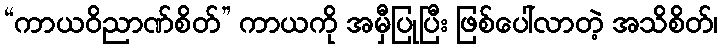
“ကာယဝိညာဏ်စိတ်” ကာယကို အမှီပြုပြီး ဖြစ်ပေါ်လာတဲ့ အသိစိတ်၊